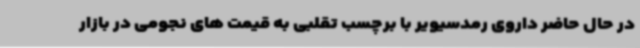
در حال حاضر داروی رمدسیویر با برچسب تقلبی به قیمت های نجومی در بازار